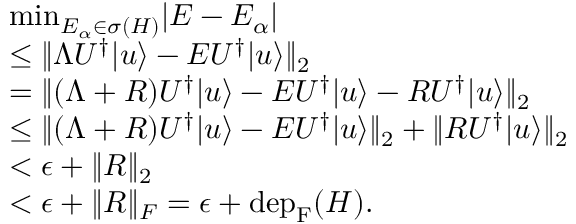
\begin{array} { r l } & { \mathrm { m i n } _ { E _ { \alpha } \in \sigma ( H ) } | E - E _ { \alpha } | } \\ & { \le \| \Lambda U ^ { \dagger } | u \rangle - E U ^ { \dagger } | u \rangle \| _ { 2 } } \\ & { = \| ( \Lambda + R ) U ^ { \dagger } | u \rangle - E U ^ { \dagger } | u \rangle - R U ^ { \dagger } | u \rangle \| _ { 2 } } \\ & { \le \| ( \Lambda + R ) U ^ { \dagger } | u \rangle - E U ^ { \dagger } | u \rangle \| _ { 2 } + \| R U ^ { \dagger } | u \rangle \| _ { 2 } } \\ & { < \epsilon + \| R \| _ { 2 } } \\ & { < \epsilon + \| R \| _ { F } = \epsilon + \mathrm { d e p } _ { \mathrm { F } } ( H ) . } \end{array}